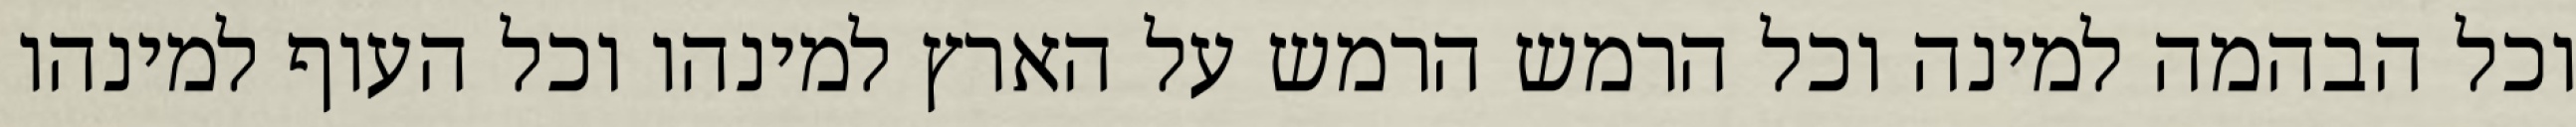
וכל הבהמה למינה וכל הרמש הרמש על הארץ למינהו וכל העוף למינהו